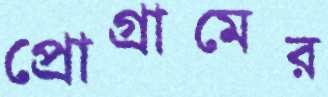
প্রোগ্রামের